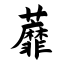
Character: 蘼